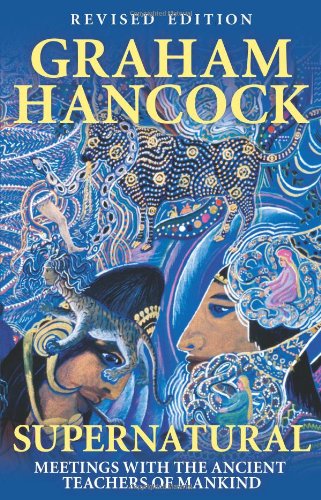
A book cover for Supernatural: Meetings with the Ancient Teachers of Mankind; Graham Hancock; Religion & Spirituality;